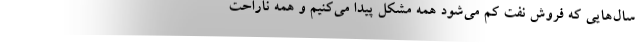
سال‌هایی که فروش نفت کم می‌شود همه مشکل پیدا می‌کنیم و همه ناراحت